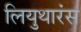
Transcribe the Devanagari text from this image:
लियुथारंस